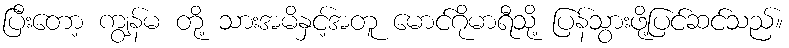
ပြီးတော့ ကျွန်မ တို့ သားအမိနှင့်အတူ မောင်ဂိုမာရီသို့ ပြန်သွားဖို့ပြင်ဆင်သည်။